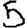
Digit: 5